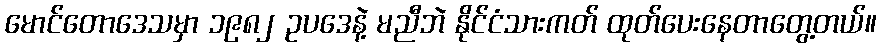
မောင်တောဒေသမှာ ၁၉၈၂ ဥပဒေနဲ့ မညီဘဲ နိုင်ငံသားကတ် ထုတ်ပေးနေတာတွေ့တယ်။